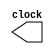
module clk (clock);

output clock;
reg clock;

initial begin
clock = 0;
end

always begin
 #5 clock = !clock;
end

endmodule